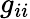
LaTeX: g_{ii}